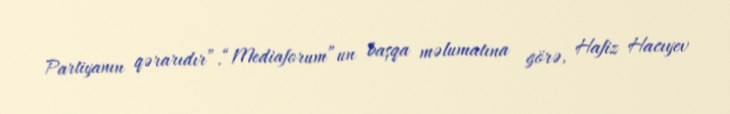
Partiyanın qərarıdır”.“Mediaforum”un başqa məlumatına görə, Hafiz Hacıyev